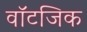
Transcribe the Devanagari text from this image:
वॉटजिक